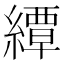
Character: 𦅰